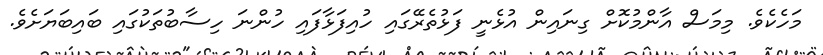
މަހެކެވެ. މިމަސް އާންމުކޮށް ގިނައިން އުޅެނީ ފަޅުތެރޭގައި ހުއިފަޅާފައި ހުންނަ ހިސާބުތަކުގައި ބައިބަޔަށެވެ.